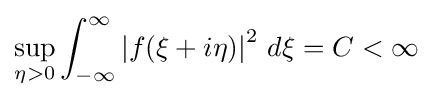
\sup _{\eta >0}\int _{-\infty }^{\infty }\left|f(\xi +i\eta )\right|^{2}\,d\xi =C<\infty